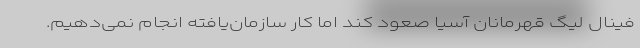
فینال لیگ قهرمانان آسیا صعود کند اما کار سازمان‌یافته انجام نمی‌دهیم.